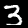
Digit: 3